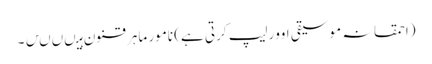
(احمقانہ موسیقی اوورلیپ کرتی ہے) نامور ماہر قنون ہیںںںں۔